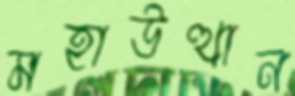
মহাউত্থান